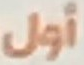
أول